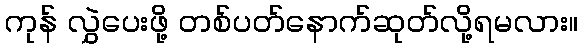
ကုန် လွှဲပေးဖို့ တစ်ပတ်နောက်ဆုတ်လို့ရမလား။